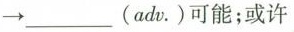
→___(adv.)可能；或许